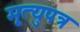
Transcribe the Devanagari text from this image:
मृ्त्युपत्र